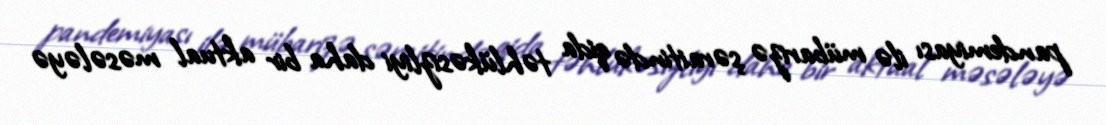
pandemiyası ilə mübarizə şəraitində qida təhlükəsizliyi daha bir aktual məsələyə